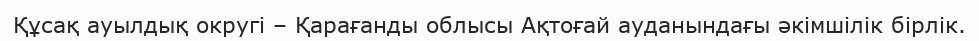
Құсақ ауылдық округі – Қарағанды облысы Ақтоғай ауданындағы әкімшілік бірлік.